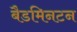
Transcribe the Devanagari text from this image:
बैडमिनटन